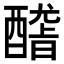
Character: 𨢳